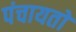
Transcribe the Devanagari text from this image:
पंचायताें